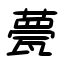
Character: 甍